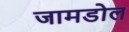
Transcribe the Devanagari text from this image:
जामडोल